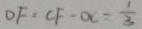
O F = C F - \alpha = \frac { 1 } { 3 }